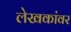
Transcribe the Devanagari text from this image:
लेखकांवर